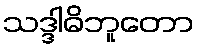
သဒ္ဒါဓိဘူတော